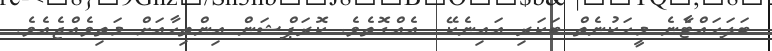
ބަލަހައްޓާެނެ މީހަކުނެތް ބަކަރި އައިނެކޭ  އެއްގޮތެވެ. ކޮރަޕްޝަން އިންތިހާއަށް މަތިވެއްޖެއެވެ.